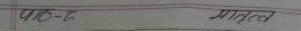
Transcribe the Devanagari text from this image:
पाठ-१ प्राकृतत्व